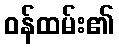
ဝန်ထမ်း၏